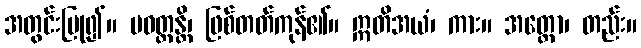
အတွင်းပြု၍။ ပဝတ္တန္တိ၊ ဖြစ်တတ်ကုန်၏။ ဣတိအယံ၊ ကား။ အတ္ထော၊ တည်း။